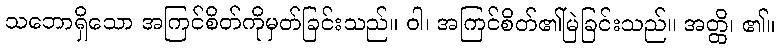
သဘောရှိသော အကြင်စိတ်ကိုမှတ်ခြင်းသည်။ ဝါ၊ အကြင်စိတ်၏မြဲခြင်းသည်။ အတ္ထိ၊ ၏။